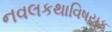
નવલકથાવિષયક